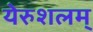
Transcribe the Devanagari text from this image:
येरुशलम्